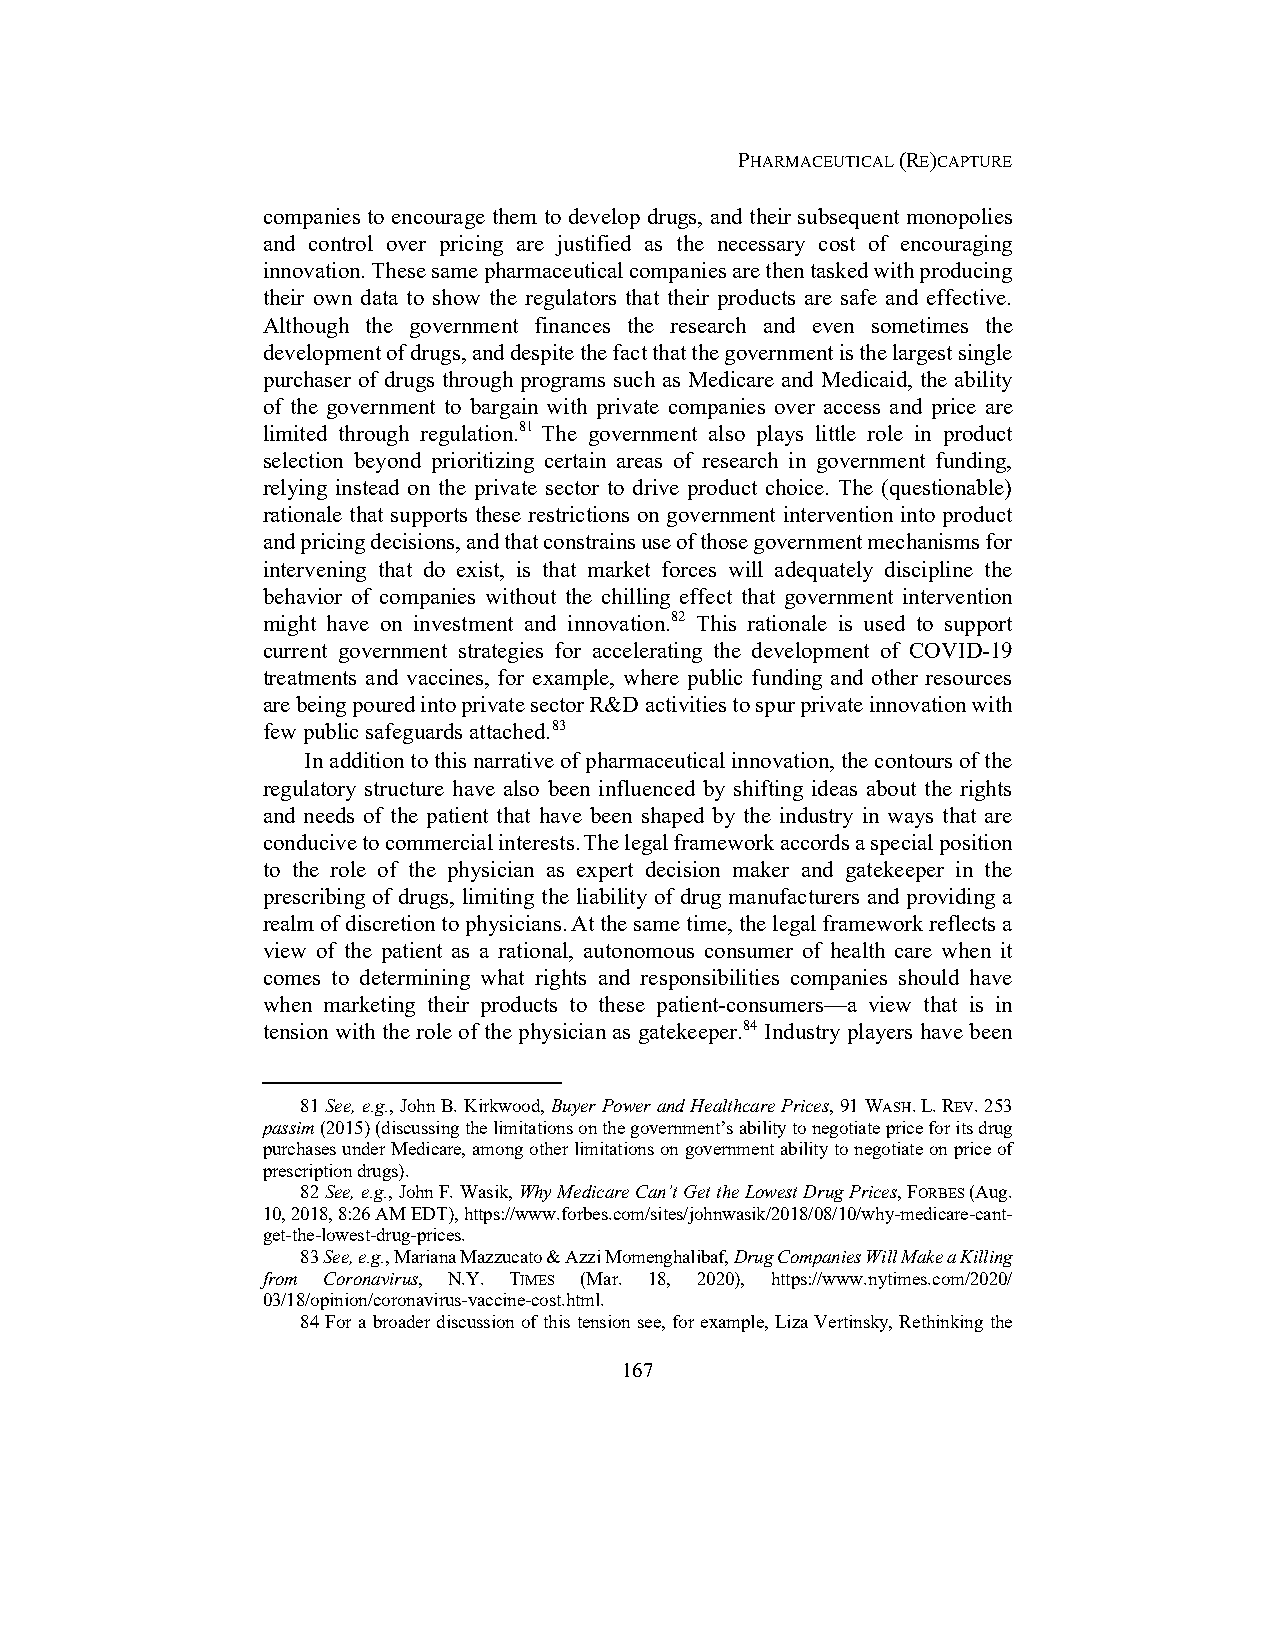
PHARMACEUTICAL (RE)CAPTURE
 companies to encourage them to develop drugs, and their subsequent monopolies
 and control over pricing are justified as the necessary cost of encouraging
 innovation. These same pharmaceutical companies are then tasked with producing
 their own data to show the regulators that their products are safe and effective.
 Although the government finances the research and even sometimes the
 development of drugs, and despite the fact that the government is the largest single
 purchaser of drugs through programs such as Medicare and Medicaid, the ability
 of the government to bargain with private companies over access and price are
 limited through regulation.81 The government also plays little role in product
 selection beyond prioritizing certain areas of research in government funding,
 relying instead on the private sector to drive product choice. The (questionable)
 rationale that supports these restrictions on government intervention into product
 and pricing decisions, and that constrains use of those government mechanisms for
 intervening that do exist, is that market forces will adequately discipline the
 behavior of companies without the chilling effect that government intervention
 might have on investment and innovation.82 This rationale is used to support
 current government strategies for accelerating the development of COVID-19
 treatments and vaccines, for example, where public funding and other resources
 are being poured into private sector R&D activities to spur private innovation with
 few public safeguards attached.83
 In addition to this narrative of pharmaceutical innovation, the contours of the
 regulatory structure have also been influenced by shifting ideas about the rights
 and needs of the patient that have been shaped by the industry in ways that are
 conducive to commercial interests. The legal framework accords a special position
 to the role of the physician as expert decision maker and gatekeeper in the
 prescribing of drugs, limiting the liability of drug manufacturers and providing a
 realm of discretion to physicians. At the same time, the legal framework reflects a
 view of the patient as a rational, autonomous consumer of health care when it
 comes to determining what rights and responsibilities companies should have
 when marketing their products to these patient-consumers—a view that is in
 tension with the role of the physician as gatekeeper.84 Industry players have been
 81 See, e.g., John B. Kirkwood, Buyer Power and Healthcare Prices, 91 WASH. L. REV. 253
 passim (2015) (discussing the limitations on the government’s ability to negotiate price for its drug
 purchases under Medicare, among other limitations on government ability to negotiate on price of
 prescription drugs).
 82 See, e.g., John F. Wasik, Why Medicare Can’t Get the Lowest Drug Prices, FORBES (Aug.
 10, 2018, 8:26 AM EDT), https://www.forbes.com/sites/johnwasik/2018/08/10/why-medicare-cant-
 get-the-lowest-drug-prices.
 83 See, e.g., Mariana Mazzucato & Azzi Momenghalibaf, Drug Companies Will Make a Killing
 from Coronavirus, N.Y. TIMES (Mar. 18, 2020), https://www.nytimes.com/2020/
 03/18/opinion/coronavirus-vaccine-cost.html.
 84 For a broader discussion of this tension see, for example, Liza Vertinsky, Rethinking the
 167